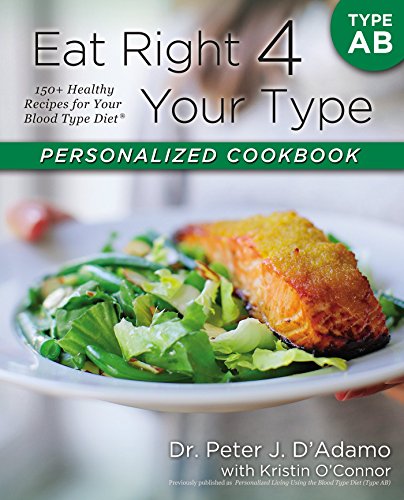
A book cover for Eat Right 4 Your Type Personalized Cookbook Type AB: 150+ Healthy Recipes For Your Blood Type Diet by D'Adamo, Dr. Peter J., O'Connor, Kristin (2013) Paperback; Dr. Peter J., O'Connor, Kristin D'Adamo; Health, Fitness & Dieting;